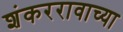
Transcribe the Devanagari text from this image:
शंकररावाच्या